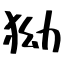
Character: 狕